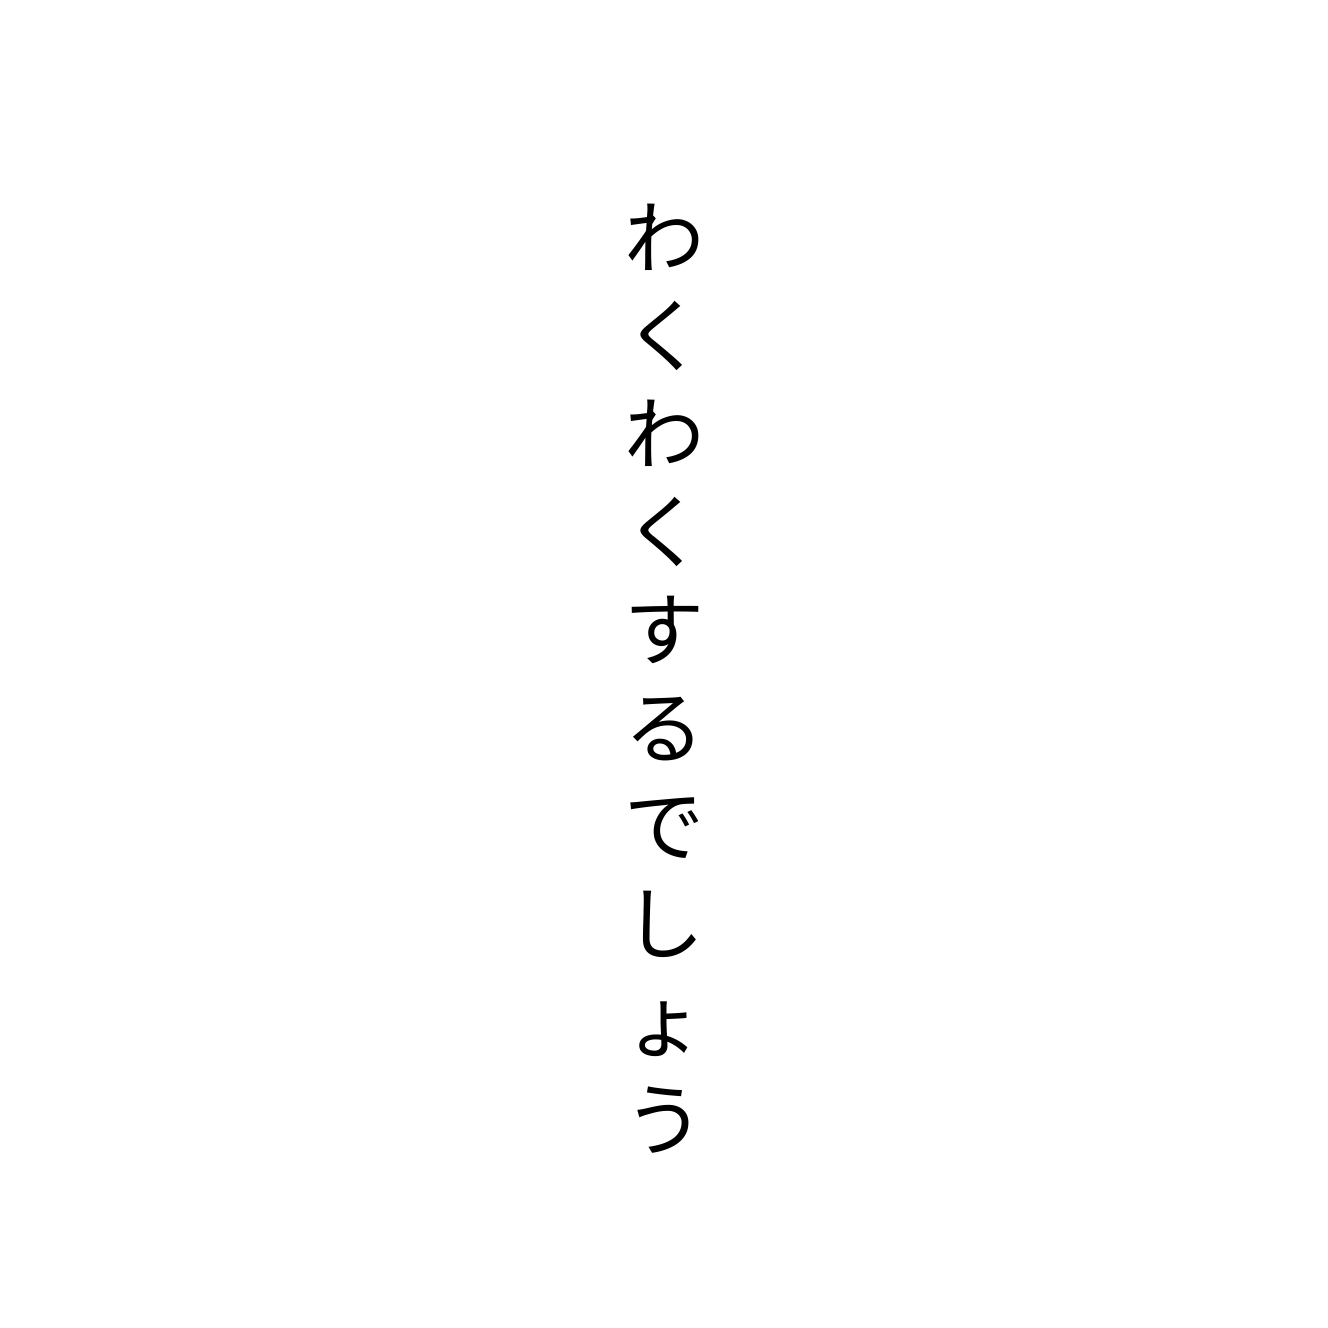
わくわくするでしょう